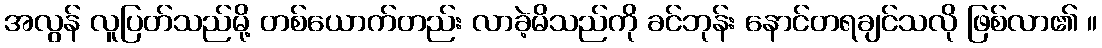
အလွန် လူပြတ်သည်မို့ တစ်ယောက်တည်း လာခဲ့မိသည်ကို ခင်ဘုန်း နောင်တရချင်သလို ဖြစ်လာ၏ ။